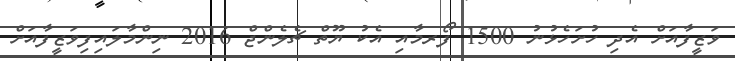
ވަޒީފާއަށް އެދި ހުށަހެޅުނު 1500 ފޯރމާއި އެކު ޔޫތް ޗެލެންޖް 2016 ނިންމާލައިފިވަޒީފާއަށް